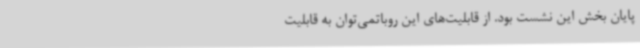
پایان بخش این نشست بود. از قابلیت‌های این روباتمی‌توان به قابلیت